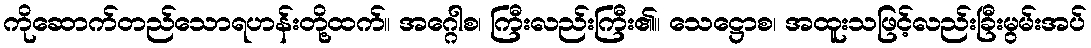
ကိုဆောက်တည်သောရဟန်းတို့ထက်။ အဂ္ဂေါစ၊ ကြီးလည်းကြီး၏။ သေဋ္ဌောစ၊ အထူးသဖြင့်လည်းခြီးမွမ်းအပ်